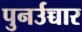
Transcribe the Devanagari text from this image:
पुनर्उच्चार